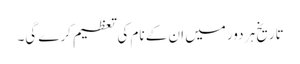
تاریخ ہر دور میں ان کے نام کی تعظیم کرے گی۔